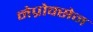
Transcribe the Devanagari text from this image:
नेप्रोक्सेन